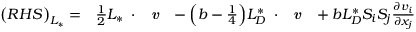
\begin{array} { r l } { \big ( R H S \big ) _ { L _ { * } } = } & { { } \frac { 1 } { 2 } { L _ { * } } \mathbf { \nabla } \cdot \textbf { \emph { v } } - \Big ( b - \frac { 1 } { 4 } \Big ) { L _ { D } ^ { * } } \mathbf { \nabla } \cdot \textbf { \emph { v } } + b { L _ { D } ^ { * } } S _ { i } S _ { j } \frac { \partial v _ { i } } { \partial x _ { j } } } \end{array}